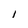
Character: I